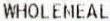
WHOLEMEAL